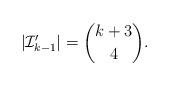
LaTeX: \begin{align*}|\mathcal{I}'_{k-1}|={k+3\choose 4}.\end{align*}